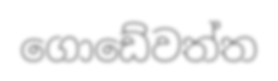
ගොඩේවත්ත